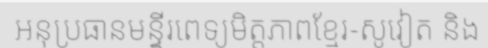
អនុប្រធានមន្ទីរពេទ្យមិត្តភាពខ្មែរ-សូវៀត និង